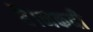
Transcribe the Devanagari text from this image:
है।नकदी